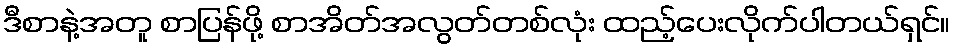
ဒီစာနဲ့အတူ စာပြန်ဖို့ စာအိတ်အလွတ်တစ်လုံး ထည့်ပေးလိုက်ပါတယ်ရှင်။